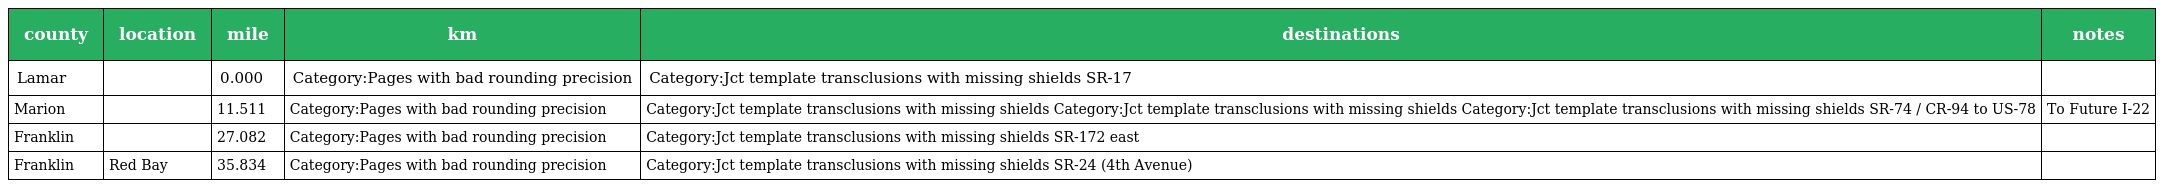
| county | location | mile | km | destinations | notes |
 | --- | --- | --- | --- | --- | --- |
 | Lamar |  | 0.000 | Category:Pages with bad rounding precision | Category:Jct template transclusions with missing shields SR-17 |  |
 | Marion |  | 11.511 | Category:Pages with bad rounding precision | Category:Jct template transclusions with missing shields Category:Jct template transclusions with missing shields Category:Jct template transclusions with missing shields SR-74 / CR-94 to US-78 | To Future I-22 |
 | Franklin |  | 27.082 | Category:Pages with bad rounding precision | Category:Jct template transclusions with missing shields SR-172 east |  |
 | Franklin | Red Bay | 35.834 | Category:Pages with bad rounding precision | Category:Jct template transclusions with missing shields SR-24 (4th Avenue) |  |